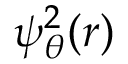
\psi _ { \theta } ^ { 2 } ( { \boldsymbol { r } } )